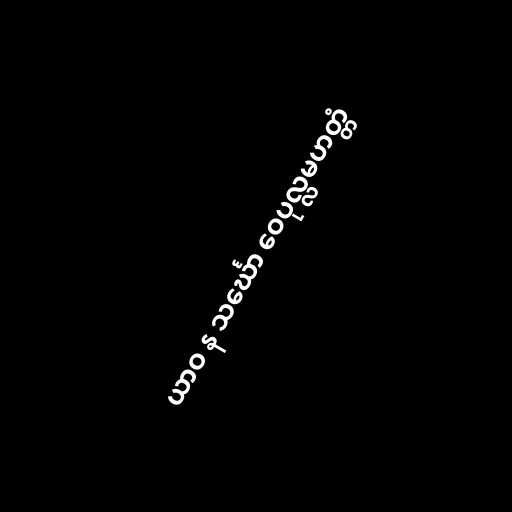
ယာဝ န သင်္ဃော ဝေပုလ္လမဟတ္တံ